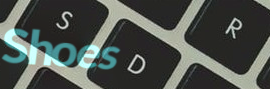
Shoes